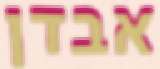
אבדן